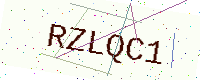
Text: RZLQC1